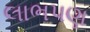
લાભપણ